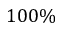
1 0 0 \%